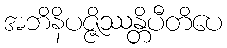
အဘိနိပဇ္ဇိဿန္တိပီတိပေ